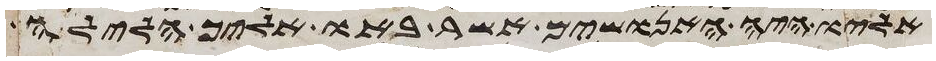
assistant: אליו איה האנושים אשר באו אליך הלילה